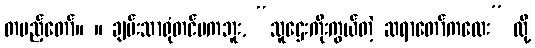
တပည့်တော်။ ။ ချမ်းသာရုံတင်မကဘူး, “သူဌေးကိုးကွယ်တဲ့ ဆရာတော်ကလေး” လို့